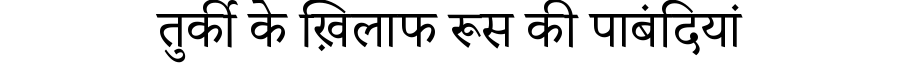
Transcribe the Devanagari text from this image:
तुर्की के ख़िलाफ रूस की पाबंदियां